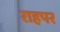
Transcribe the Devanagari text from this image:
राहपर